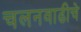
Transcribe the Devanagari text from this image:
चलनवाढीचे